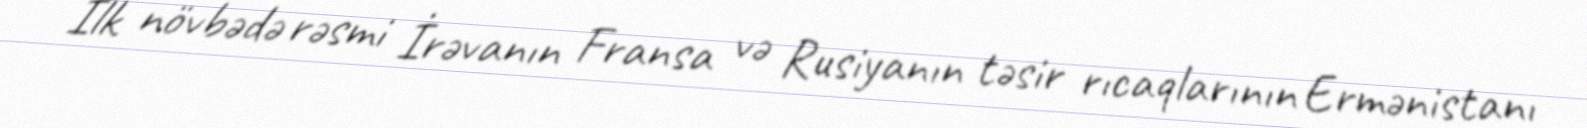
İlk növbədə rəsmi İrəvanın Fransa və Rusiyanın təsir rıcaqlarının Ermənistanı